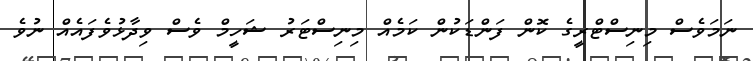
ނަމަވެސް މިނިސްޓްރީގެ ކޮން ފަންޑަކުން ކަމެއް މިނިސްޓަރު ޝަހީމް ވެސް ވިދާޅުވެފައެއް ނުވެ